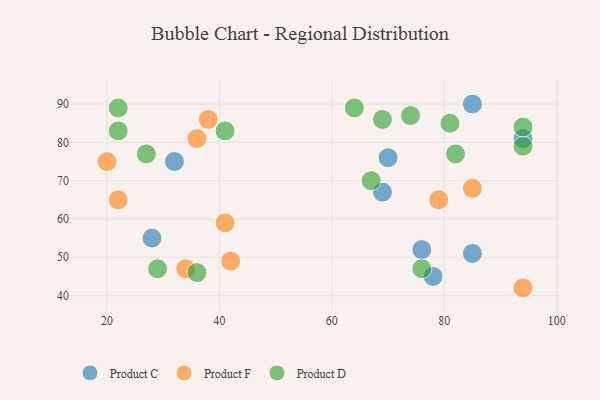
{"axis": {"x": "GDP", "y": "Life Expectancy"}, "legend": ["Product C", "Product D", "Product F"], "data": [{"x": "28", "y": 55, "type": "Product C"}, {"x": "70", "y": 76, "type": "Product C"}, {"x": "76", "y": 52, "type": "Product C"}, {"x": "78", "y": 45, "type": "Product C"}, {"x": "32", "y": 75, "type": "Product C"}, {"x": "69", "y": 67, "type": "Product C"}, {"x": "85", "y": 51, "type": "Product C"}, {"x": "94", "y": 81, "type": "Product C"}, {"x": "85", "y": 90, "type": "Product C"}, {"x": "79", "y": 65, "type": "Product F"}, {"x": "34", "y": 47, "type": "Product F"}, {"x": "94", "y": 42, "type": "Product F"}, {"x": "41", "y": 59, "type": "Product F"}, {"x": "85", "y": 68, "type": "Product F"}, {"x": "42", "y": 49, "type": "Product F"}, {"x": "38", "y": 86, "type": "Product F"}, {"x": "20", "y": 75, "type": "Product F"}, {"x": "36", "y": 81, "type": "Product F"}, {"x": "22", "y": 65, "type": "Product F"}, {"x": "22", "y": 83, "type": "Product D"}, {"x": "67", "y": 70, "type": "Product D"}, {"x": "41", "y": 83, "type": "Product D"}, {"x": "94", "y": 79, "type": "Product D"}, {"x": "27", "y": 77, "type": "Product D"}, {"x": "76", "y": 47, "type": "Product D"}, {"x": "94", "y": 84, "type": "Product D"}, {"x": "74", "y": 87, "type": "Product D"}, {"x": "64", "y": 89, "type": "Product D"}, {"x": "29", "y": 47, "type": "Product D"}, {"x": "36", "y": 46, "type": "Product D"}, {"x": "81", "y": 85, "type": "Product D"}, {"x": "82", "y": 77, "type": "Product D"}, {"x": "69", "y": 86, "type": "Product D"}, {"x": "22", "y": 89, "type": "Product D"}]}